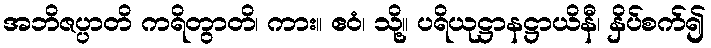
အဘိဇပ္ပာတိ ကရိတွာတိ၊ ကား။ ဧဝံ၊ သို့။ ပရိယုဋ္ဌာနဋ္ဌာယိနီ၊ နှိပ်စက်၍